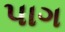
પાગ